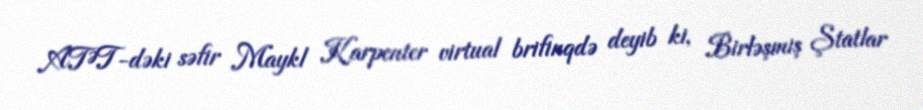
ATƏT-dəki səfir Maykl Karpenter virtual brifinqdə deyib ki, Birləşmiş Ştatlar